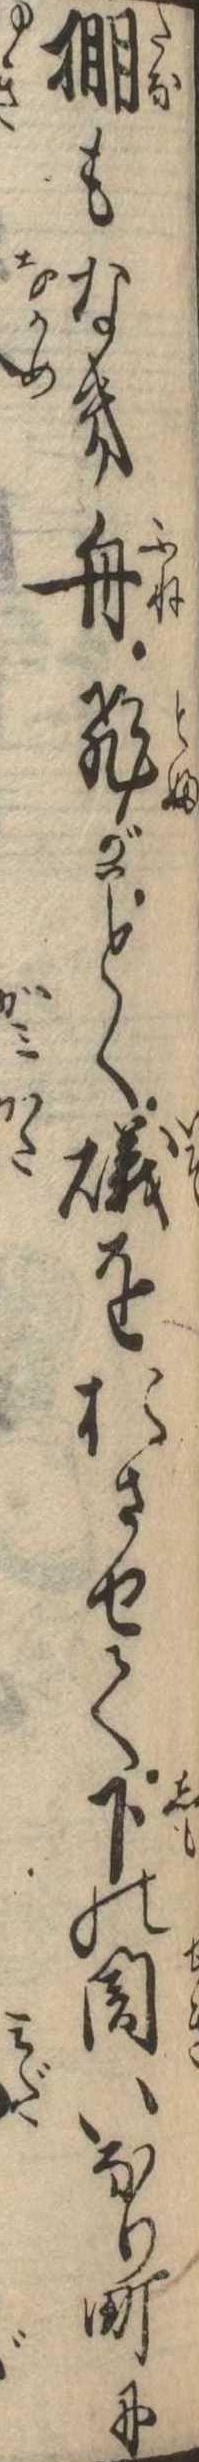
棚もなき舟飛がく磯をおさせて下の関いなり町に